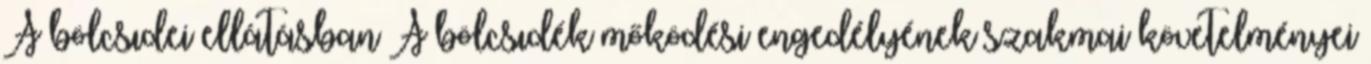
A bölcsıdei ellátásban A bölcsıdék mőködési engedélyének szakmai követelményei